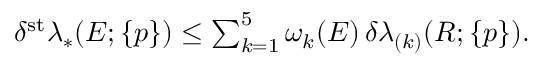
\begin{array} { r } { \delta ^ { \mathrm { s t } } \lambda _ { * } ( E ; \{ p \} ) \le \sum _ { k = 1 } ^ { 5 } \omega _ { k } ( E ) \, \delta \lambda _ { ( k ) } ( R ; \{ p \} ) . } \end{array}